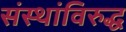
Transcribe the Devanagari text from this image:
संस्थांविरुद्ध